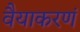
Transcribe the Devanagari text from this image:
वैयाकरणं